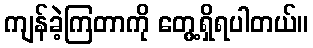
ကျန်ခဲ့ကြတာကို တွေ့ရှိရပါတယ်။